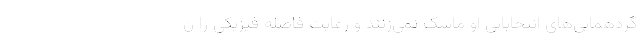
گردهمایی‌های انتخاباتی او ماسک نمی‌زنند و رعایت فاصله فیزیکی را ن